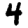
Digit: 4